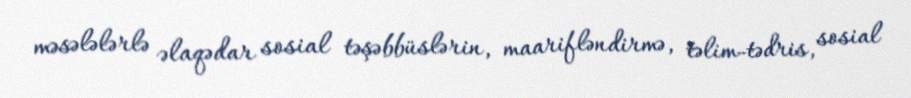
məsələlərlə əlaqədar sosial təşəbbüslərin, maarifləndirmə, təlim-tədris, sosial